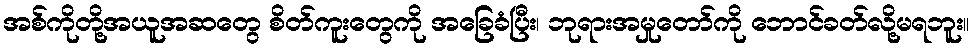
အစ်ကိုတို့အယူအဆတွေ စိတ်ကူးတွေကို အခြေခံပြီး၊ ဘုရားအမှုတော်ကို ဘောင်ခတ်လို့မရဘူး။